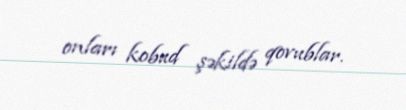
onları kobud şəkildə qovublar.